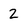
Character: 2